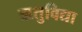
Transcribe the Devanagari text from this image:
ऋतुविद्या